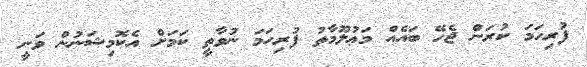
ފުރިހަމަ ކުރަން ޖެހޭ ބައެއް މަޢުލޫމާތު ފުރިހަމަ ނުވާތީ ކަމަށް އެކޮމިޝަނުން ވަނީ